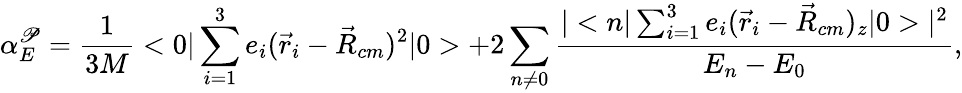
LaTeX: \alpha_{E}^{\mathscr{P}}={\frac{{1}}{{3M}}}<0|\sum_{i=1}^{3}e_{i}(\vec{{r}}_{i}-\vec{{R}}_{cm})^{2}|0>+2\sum_{n\neq0}{\frac{{|<n|\sum_{i=1}^{3}e_{i}(\vec{{r}}_{i}-\vec{{R}}_{cm})_{z}|0>|^{2}}}{{E_{n}-E_{0}}}},